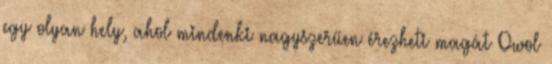
egy olyan hely, ahol mindenki nagyszerűen érezheti magát Owol